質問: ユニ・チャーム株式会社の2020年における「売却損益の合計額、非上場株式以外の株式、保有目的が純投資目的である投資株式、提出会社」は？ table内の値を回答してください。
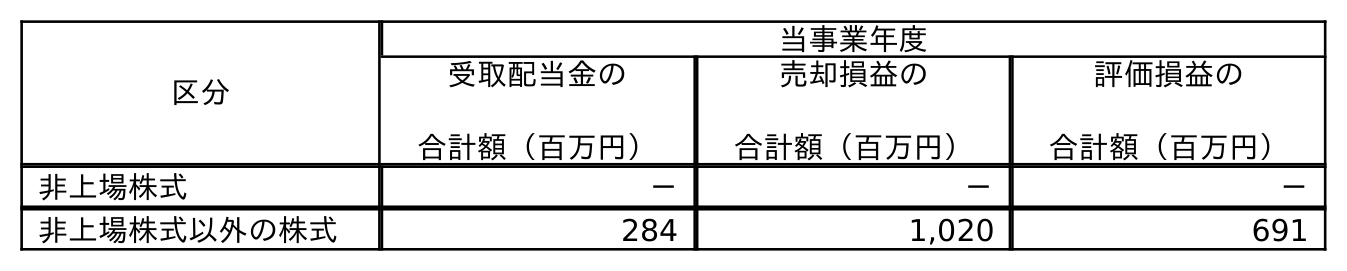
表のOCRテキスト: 区分 当事業年度 受取配当金の 合計額（百万円） 売却損益の 合計額（百万円） 評価損益の 合計額（百万円） 非上場株式 － － － 非上場株式以外の株式 284 1,020 691
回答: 1,020